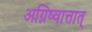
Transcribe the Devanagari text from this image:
अग्निष्वात्तात्